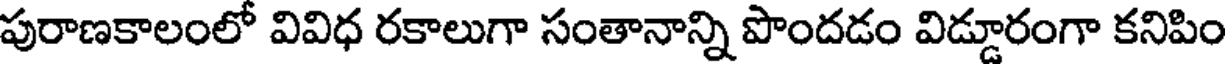
పురాణకాలంలో వివిధ రకాలుగా సంతానాన్ని పొందడం విడ్డూరంగా కనిపిం